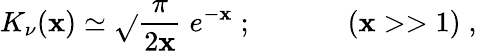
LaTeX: K_{\nu}(\mathbf{x})\simeq\sqrt{}{{\frac{{\pi}}{{2\mathbf{x}}}}}\; e^{-\mathbf{x}}\; ;\; \; \; \; \; \; \; \; \; \; \; \; (\mathbf{x}>>1)\; ,